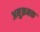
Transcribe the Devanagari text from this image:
अनुक्रमक